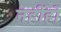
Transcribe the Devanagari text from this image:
नहींहो